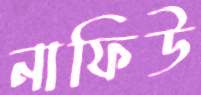
নাফিউ